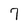
Character: 7